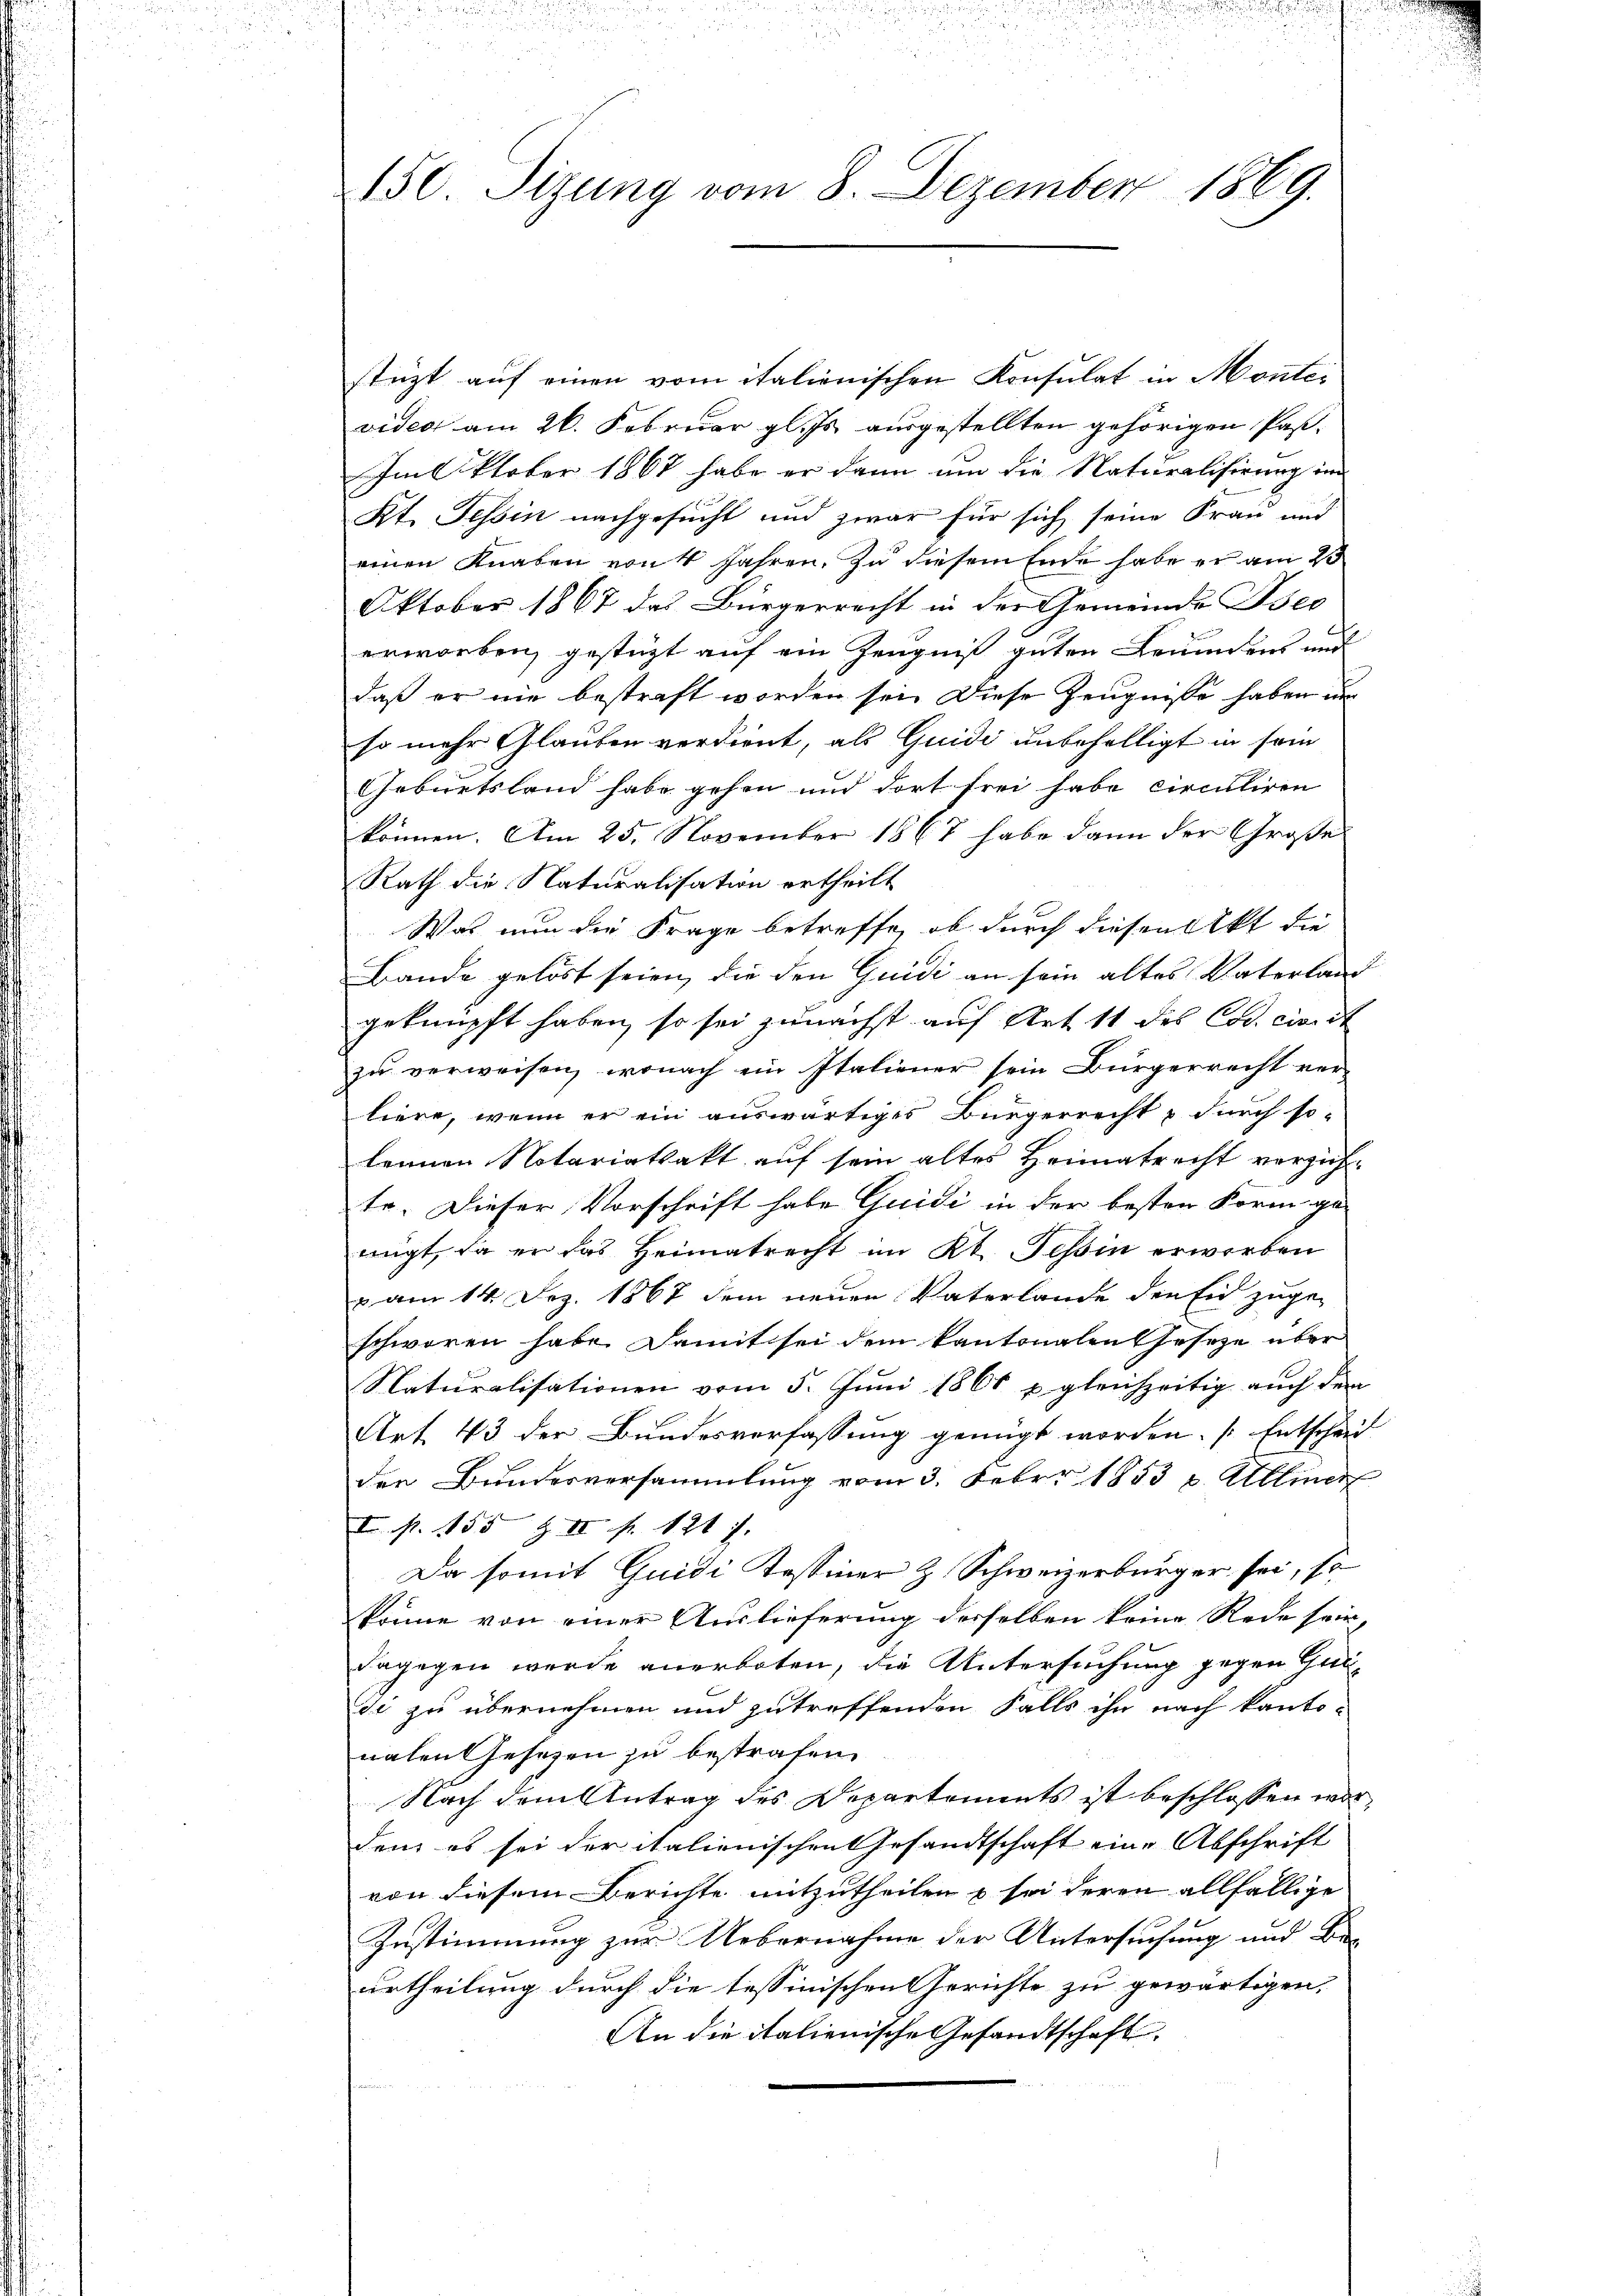
150. Sizung vom 8. Dezember 1869.

stüzt auf einen vom italienischen Konsulat in Montei
viden am 26. Februar gl. Js. ausgestellten gehörigen Pas¬
Im Oktober 1867 habe er dann um die Naturalisirung im
Kt. Tessin nachgesucht und zwar für sich seine Frau und
einen Knaben von 4 Jahren. Zu diesem Ende habe er am 23
Oktober 1867 das Bürgerrecht in der Gemeinde Isco
erworben, gestüzt auf ein Zeugniß guten Brundens und
daß er nie bestraft worden sei. Diese Zeugnisse haben un
so mehr Glauben verdient, als Quidi unbehelligt in sein
Geburtsland habe gehen und dort frei habe circuliren
können. Am 25. November 1867 habe dann der Große
Rath die Naturalisation ertheilt
Was nun die Frage betreffe, ob durch diesen Akt die
Bande gelöst seien, die den Guidi an sein altes Vaterland
geknüpft haben, so sei zunächst auf Art. 11 des Cod. civit
zu verweisen, wonach ein Italiener sein Bürgerrecht ver-
liere, wenn er ein auswärtiges Bürgerrecht & durch so-
leinen Notariatsakt auf sein altes Heimatrecht verzuf
te. Dieser Vorschrift habe Guidi in der besten Form ge-
nügt, da er das Heimatrecht im Kt. Tessin erworben
u am 14. Dez. 1867 dem neuen Vaterlande den Eid zugeschworen habe. Damit sei dem kantonalen Gesetze über
Naturalisationen vom 5. Juni 1866 u. gleichzeitig auch dem
Art. 43 der Bundesverfassung genügt worden. (Entscheid
der Bundesversammlung vom 3. Febr. 1853 u. Alliner
I. p. 155 Z II f. 121 f. |
Da somit Guidi Tessiner & Schweizerbürger sei, so
könne von einer Auslieferung derselben keine Rede sein
dagegen wurde anerboten, die Untersuchung gegen Gundi zu übernehmen und zutreffenden Falls ihn nach kanto-
nalen Gesezen zu bestrafen.
Nach dem Antrag des Departements ist beschlossen wordem es sei der italienischen Gesandtschaft eine Abschrift
von diesem Berichte mitzutheilen & sei deren allfällige
Zustimmung zur Uebernahme der Untersuchung und Be-
urtheilung durch die tessinischen Gerichte zu gewärtigen,
An die italienische Gesandtschaft